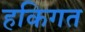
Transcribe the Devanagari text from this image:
हकिगत